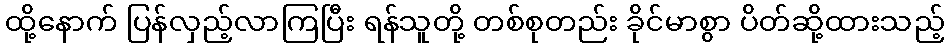
ထို့နောက် ပြန်လှည့်လာကြပြီး ရန်သူတို့ တစ်စုတည်း ခိုင်မာစွာ ပိတ်ဆို့ထားသည့်